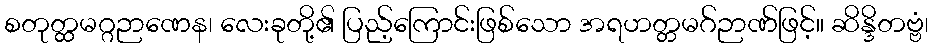
စတုတ္ထမဂ္ဂဉာဏေန၊ လေးခုတို့၏ ပြည့်ကြောင်းဖြစ်သော အရဟတ္တမဂ်ဉာဏ်ဖြင့်။ ဆိန္ဒိတဗ္ဗံ၊